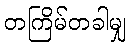
တကြိမ်တခါမျှ